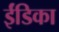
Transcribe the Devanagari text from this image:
ईंडिका